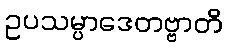
ဥပသမ္ပာဒေတဗ္ဗာတိ